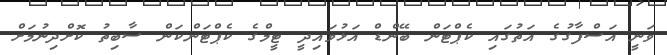
ވަނީ އަސްފާގުގެ އަތުގައި ކެޕްޓަން ބޭންޑް އަޅުވައިދީ ޓީމްގެ ކެޕްޓަންކަން ސާބިތު ކޮށްދިނުމަށް